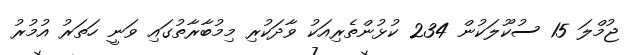
ޖުމްލަ 15 ސުކޫލަކުން 234 ކުޅުންތެރިއަކު ވާދަކުރި މިމުބާރާތުގައި ވަނީ ހަތަރު އުމުރު